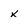
Character: x